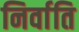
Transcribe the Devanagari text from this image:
निर्वाति